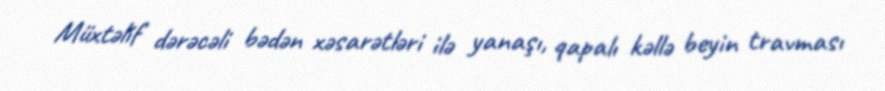
Müxtəlif dərəcəli bədən xəsarətləri ilə yanaşı, qapalı kəllə beyin travması